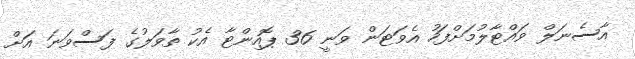
އާސެނަލް ވައްޓާލުމަށްފަހު އެވަޓަން ވަނީ 36 ޕޮއިންޓާ އެކު ތާވަލުގެ ފަސްވަނަ އަށް